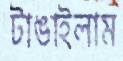
টাঙাইলাম